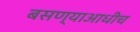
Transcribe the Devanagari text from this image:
बसण्याआधीच